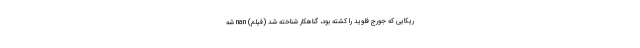
ریکایی که جورج فلوید را کشته بود، گناهکار شناخته شد (فیلم) nan شه